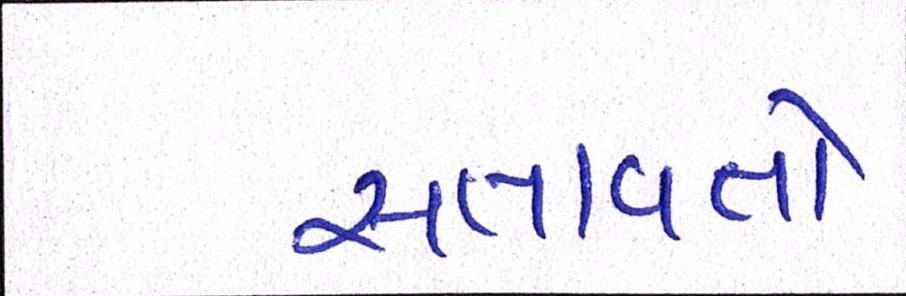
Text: સતાવતો